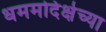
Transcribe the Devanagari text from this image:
धममदिक्षेच्या